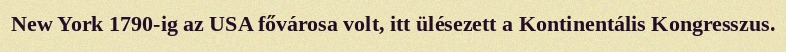
New York 1790-ig az USA fővárosa volt, itt ülésezett a Kontinentális Kongresszus.